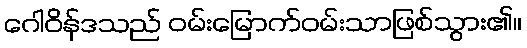
ဂေါဝိန်ဒသည် ဝမ်းမြောက်ဝမ်းသာဖြစ်သွား၏။